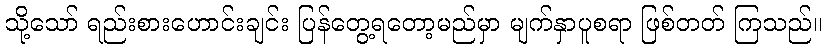
သို့သော် ရည်းစားဟောင်းချင်း ပြန်တွေ့ရတော့မည်မှာ မျက်နှာပူစရာ ဖြစ်တတ် ကြသည်။